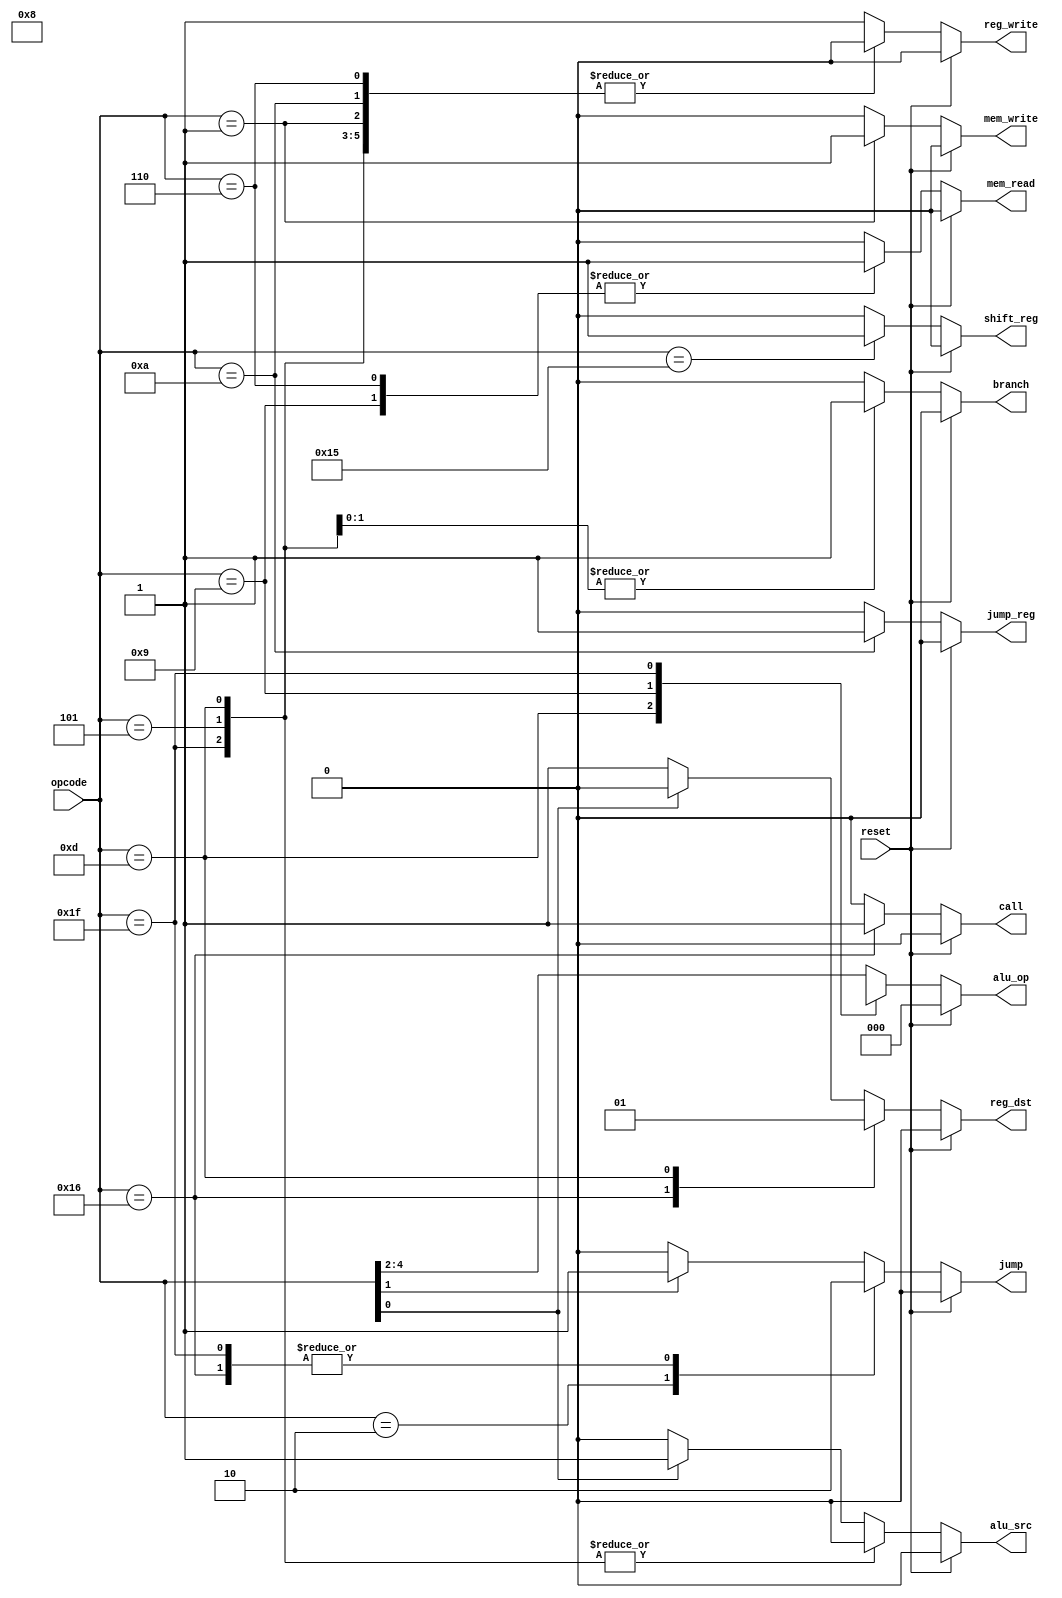
`timescale 1ns / 1ps

module control_unit
( 
      input[4:0] opcode,  
	   input reset,  
      output reg[2:0] alu_op,  
      output reg jump, branch, mem_read, mem_write, // control signals
					  alu_src, reg_write, reg_dst, 
					  call, shift_reg, jump_reg                      
 ); 
 
	 always @(*)  
	 begin  
		if(reset == 1'b1) 
		begin  
			reg_dst = 1'b0;  
			alu_op = 3'b000;  
			jump = 1'b0;  
			branch = 1'b0;  
			mem_read = 1'b0;  
			mem_write = 1'b0;  
			alu_src = 1'b0;  
			reg_write = 1'b0;  
			call = 1'b0;
			jump_reg = 1'b0;
			shift_reg = 1'b0;
		end  
			
		else 
		begin  
			reg_dst = 1'b0;  
			jump = 1'b0;  
			branch = 1'b0;  
			mem_read = 1'b0;  
			mem_write = 1'b0;  
			alu_src = 1'b0;  
			call = 1'b0;
			jump_reg = 1'b0;
			shift_reg = 1'b0;
			reg_write = 1'b1;
			alu_op = opcode[4:2];
			
		
			if(opcode[0] == 1'b0) // regdst
			begin 
				reg_dst = 1'b1;
			end
			else  // alu_src
			begin
				alu_src = 1'b1;
			end
		
			if(opcode[1] == 1'b1)  // jump
			begin
				jump = 1'b1;
			end

			case(opcode)   
				// R-Format
				5'b01010: begin // jr  
								 jump_reg = 1'b1;  
								 reg_write = 1'b0;
							 end
							 
				5'b10110: begin // syscall  
								 reg_dst = 1'b0;  
								 call = 1'b1;  
								 reg_write = 1'b0;
								 jump = 1'b0;
							 end
				
				
				// I-Format
				5'b10101: begin // lui 
								shift_reg = 1'b1; 
							 end
			
				5'b00101: begin // beq  
								 branch = 1'b1;  
								 alu_src = 1'b0;  
								 reg_write = 1'b0;  
							 end
							 
				5'b01101: begin // bne  
								 reg_dst = 1'b1;  
								 branch = 1'b1;  
								 alu_src = 1'b0;  
								 reg_write = 1'b0; 
								 alu_op = 3'b001;
							 end
							 
				5'b00001: begin // sw   
								 mem_write = 1'b1;
								 reg_write = 1'b0; 					 
							 end
							 
				5'b01001: begin // lw  
								 mem_read = 1'b1; 
								 alu_op = 3'b000;	
							 end
							 
							 
				// J-Format
				5'b00010: begin // jal   
								jump = 1'b1;					 
							 end
							 
				5'b00110: begin // j  
								 mem_read = 1'b1;  
								 reg_write = 1'b0; 
							 end
							 
				// exit:
				5'b11111: begin
								 reg_write = 1'b0;
								 alu_op = 3'bx;
								 alu_src = 1'b0;
								 jump = 1'b0;
							 end	
			endcase  	
		end  
	 end  
 endmodule